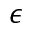
\epsilon